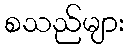
စသည်များ